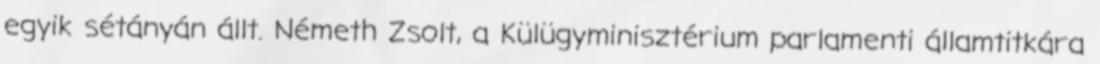
egyik sétányán állt. Németh Zsolt, a Külügyminisztérium parlamenti államtitkára